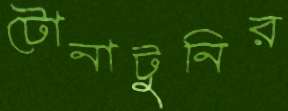
টোনাটুনির